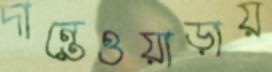
দান্তেওয়াড়ায়